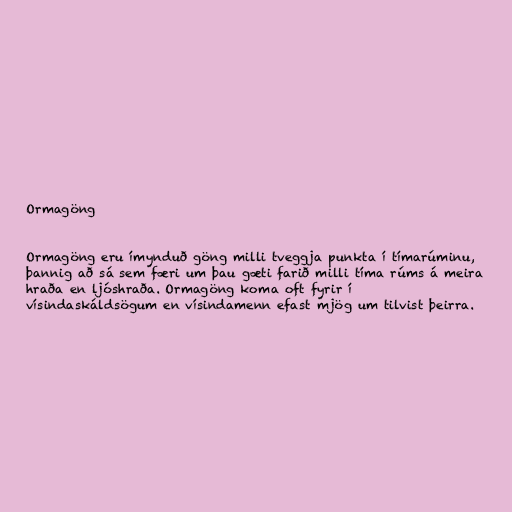
Ormagöng

Ormagöng eru ímynduð göng milli tveggja punkta í tímarúminu,
þannig að sá sem færi um þau gæti farið milli tíma rúms á meira
hraða en ljóshraða. Ormagöng koma oft fyrir í
vísindaskáldsögum en vísindamenn efast mjög um tilvist þeirra.